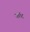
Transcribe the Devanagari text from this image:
५६६८